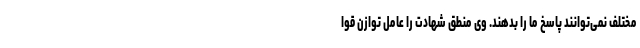
مختلف نمی‌توانند پاسخ ما را بدهند. وی منطق شهادت را عامل توازن قوا